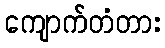
ကျောက်တံတား